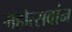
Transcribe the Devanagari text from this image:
महोत्सवांन